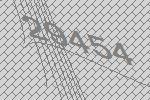
29454